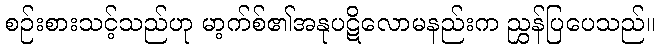
စဉ်းစားသင့်သည်ဟု မာ့က်စ်၏အနုပဋိလောမနည်းက ညွှန်ပြပေသည်။